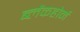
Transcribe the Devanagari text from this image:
ब्लेंकहोर्न